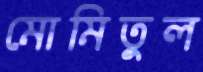
মোমিতুল